Indian journal of veterinary science and animal husbandry - Volume 3,
Year: 1933
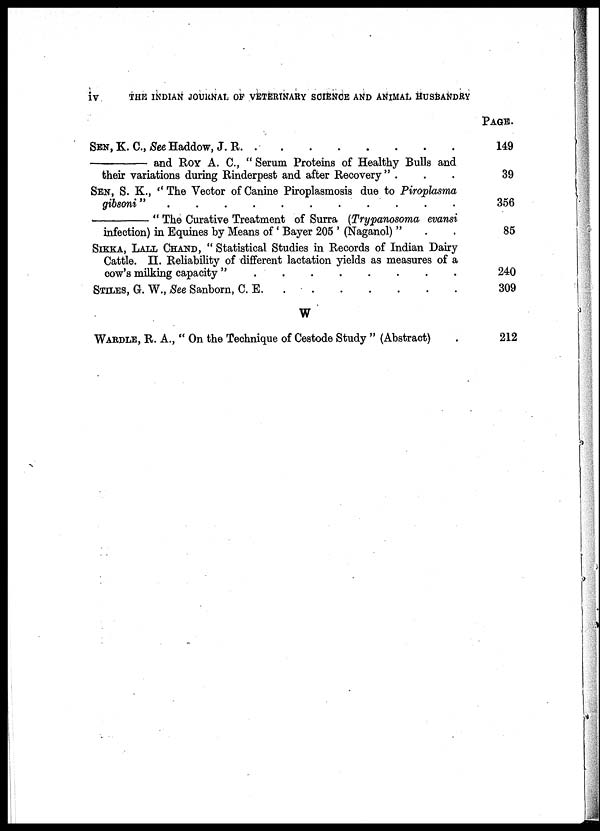
iv
THE INDIAN JOURNAL OF VETERINARY SCIENCE AND ANIMAL HUSBANDRY
SEN,K. C.,
Haddow, J. R . . . . . . . .
—
and ROY A. C, " Serum Proteins of Healthy Bulls and
their variations during Rinderpest and after Recovery" . . . . . . . .
SEN, S. K.," The Vector of Canine Piroplasmosis due to Piroplasma
gibsoni " . . . . . . . .
—
" The Curative Treatment of Surra (Trypanosoma evansi
infection) in Equines by Means of ' Bayer 205 ' (Naganol) " . .
SIKKA, LALL CHAND, " Statistical Studies in Records of Indian Dairy
Cattle. II. Reliability of different lactation yields as measures of a
cow's milking capacity " . . . . . . . .
STILES, G. W., See Sanborn, C. E . . . . . . . .
W
WARDLE, R. A., " On the Technique of Cestode Study " (Abstract)
PAGE
149
39
356
85
240
309
212